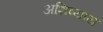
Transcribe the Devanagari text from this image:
अशिष्याय